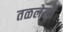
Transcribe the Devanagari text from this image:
तळलेली